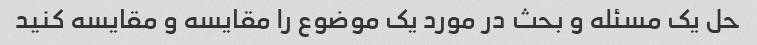
حل یک مسئله و بحث در مورد یک موضوع را مقایسه و مقایسه کنید